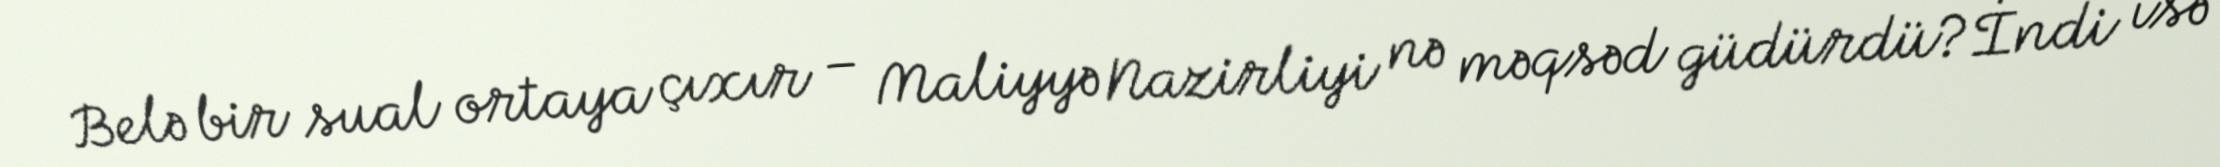
Belə bir sual ortaya çıxır – Maliyyə Nazirliyi nə məqsəd güdürdü?İndi isə